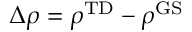
\Delta \rho = \rho ^ { \mathrm { T D } } - \rho ^ { \mathrm { G S } }